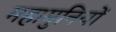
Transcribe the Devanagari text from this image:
महामुनियों